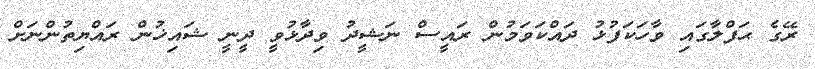
ރޭގެ ޙަފްލާގައި ވާހަކަފުޅު ދައްކަވަމުން ރައީސް ނަޝީދު ވިދާޅުވީ ދީނީ ޝައިޚުން ރައްޔިތުންނަށް